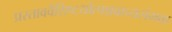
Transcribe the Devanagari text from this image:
प्रस्ताववैशिष्टयोत्पन्नवाच्यसंभवा